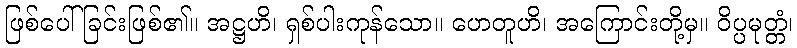
ဖြစ်ပေါ်ခြင်းဖြစ်၏။ အဋ္ဌဟိ၊ ရှစ်ပါးကုန်သော။ ဟေတူဟိ၊ အကြောင်းတို့မှ။ ဝိပ္ပမုတ္တံ၊